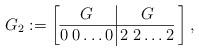
LaTeX: \begin{align*} G_2:=\arraycolsep2.5 pt\left[\begin{array}{@{}c|c@{}}G & G \\\hline0\;0\dots 0 &2\;2\dots 2 \end{array}\;\right],\end{align*}